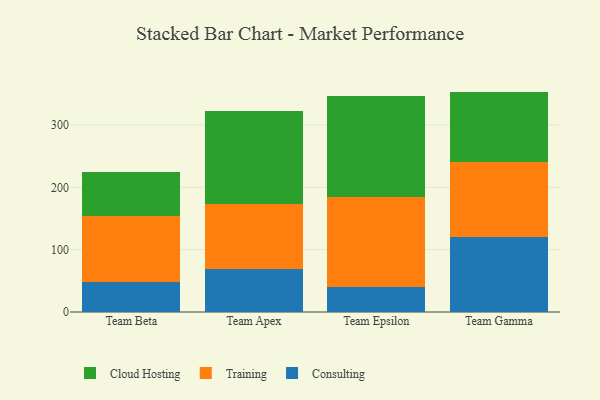
{"axis": {"x": "Team", "y": "Shipments"}, "legend": ["Cloud Hosting", "Consulting", "Training"], "data": [{"x": "Team Beta", "y": 47.4, "type": "Consulting"}, {"x": "Team Beta", "y": 106.9, "type": "Training"}, {"x": "Team Beta", "y": 70.0, "type": "Cloud Hosting"}, {"x": "Team Apex", "y": 69.5, "type": "Consulting"}, {"x": "Team Apex", "y": 104.1, "type": "Training"}, {"x": "Team Apex", "y": 149.2, "type": "Cloud Hosting"}, {"x": "Team Epsilon", "y": 40.5, "type": "Consulting"}, {"x": "Team Epsilon", "y": 143.7, "type": "Training"}, {"x": "Team Epsilon", "y": 161.5, "type": "Cloud Hosting"}, {"x": "Team Gamma", "y": 120.4, "type": "Consulting"}, {"x": "Team Gamma", "y": 120.1, "type": "Training"}, {"x": "Team Gamma", "y": 113.0, "type": "Cloud Hosting"}]}